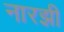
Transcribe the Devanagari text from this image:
नारझी